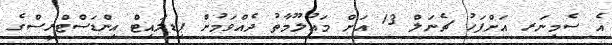
އެ ސެމިނަރ އަށްފަހު ޗެނަލް 13 އަށް މަޢުލޫމާތު ދެއްވަމުން ޕިޑިލައިޓް އިންޑަސްޓްރީސްގެ